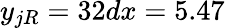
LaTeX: y_{jR}=32dx=5.47